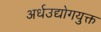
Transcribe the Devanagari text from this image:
अर्धउद्योगयुक्त